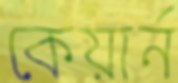
কেয়ার্ন